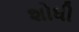
શોધી